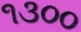
૧૩૦૦